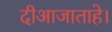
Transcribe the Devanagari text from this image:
दीआजाताहे।